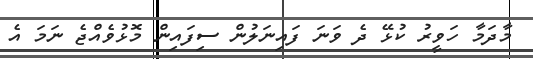
މާދަމާ ހަވީރު ކުޅޭ ދެ ވަނަ ފައިނަލުން ސިފައިން މޮޅުވެއްޖެ ނަމަ އެ